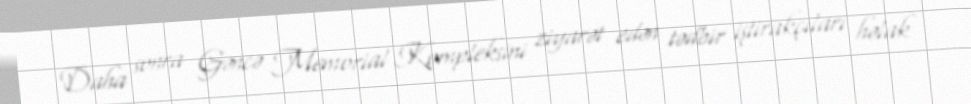
Daha sonra Gəncə Memorial Kompleksini ziyarət edən tədbir iştirakçıları həlak